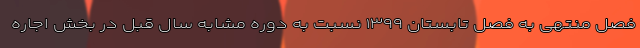
فصل منتهی به فصل تابستان ١٣٩٩ نسبت به دوره مشابه سال قبل در بخش اجاره